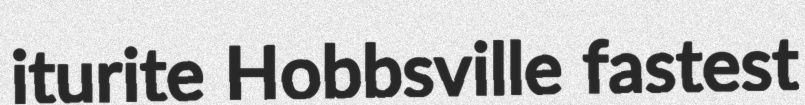
iturite Hobbsville fastest